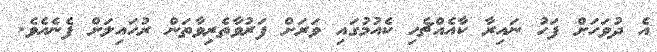
އެ ދުވަހަށް ފަހު ނައިރާ ކާއެއްޗެހި ކެއުމުގައި ވަރަށް ފަރުވާތެރިވާތަން ރުހައިލަށް ފެނެއެވެ.